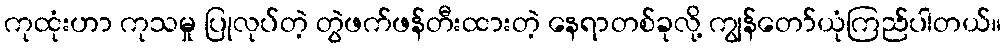
ကုထုံးဟာ ကုသမှု ပြုလုပ်တဲ့ တွဲဖက်ဖန်တီးထားတဲ့ နေရာတစ်ခုလို့ ကျွန်တော်ယုံကြည်ပါတယ်။